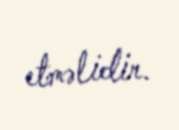
etməlidir.